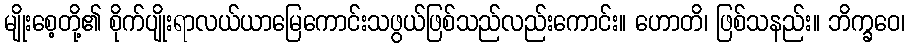
မျိုးစေ့တို့၏ စိုက်ပျိုးရာလယ်ယာမြေကောင်းသဖွယ်ဖြစ်သည်လည်းကောင်း။ ဟောတိ၊ ဖြစ်သနည်း။ ဘိက္ခဝေ၊